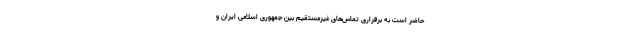
حاضر است به برقراری تماس‌های غیرمستقیم بین جمهوری اسلامی ایران و